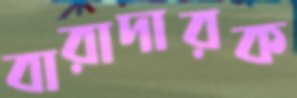
বারাদারক